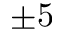
\pm 5